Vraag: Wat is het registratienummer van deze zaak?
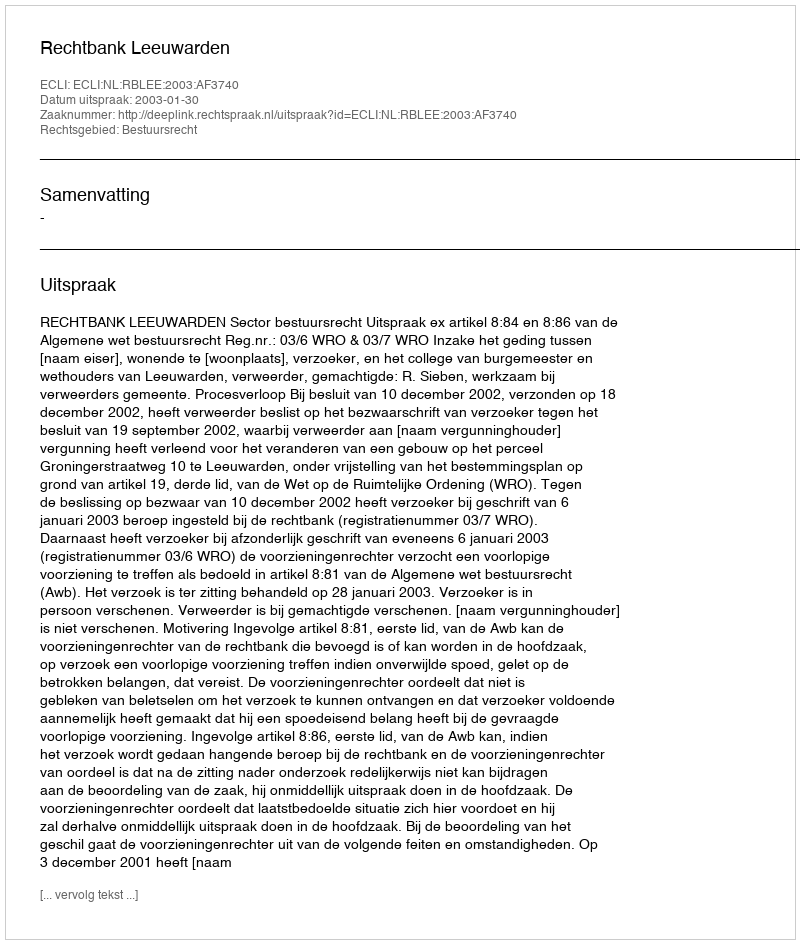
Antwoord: http://deeplink.rechtspraak.nl/uitspraak?id=ECLI:NL:RBLEE:2003:AF3740